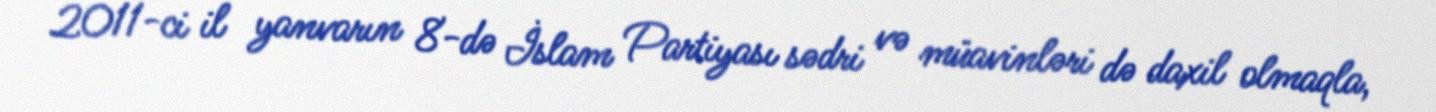
2011-ci il yanvarın 8-də İslam Partiyası sədri və müavinləri də daxil olmaqla,